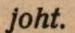
joht.